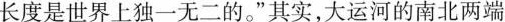
长度是世界上独一无二的。” 其实，大运河的南北两端